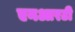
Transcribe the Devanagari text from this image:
एनआरटी